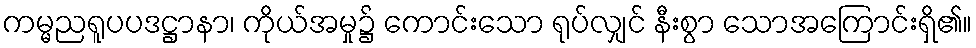
ကမ္မညရူပပဒဋ္ဌာနာ၊ ကိုယ်အမှု၌ ကောင်းသော ရုပ်လျှင် နီးစွာ သောအကြောင်းရှိ၏။